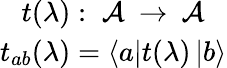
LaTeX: \begin{array}{c}{{t(\lambda):\; {\cal A}\: \rightarrow\: {\cal A}}}\\ {{t_{ab}(\lambda)=\left\langle a\right|t(\lambda)\left|b\right\rangle}}\end{array}